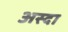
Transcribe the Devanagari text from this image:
अस्दा